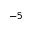
^ { - 5 }